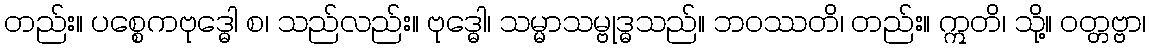
တည်း။ ပစ္စေကဗုဒ္ဓေါ စ၊ သည်လည်း။ ဗုဒ္ဓေါ၊ သမ္မာသမ္ဗုဒ္ဓသည်။ ဘဝဿတိ၊ တည်း။ ဣတိ၊ သို့။ ဝတ္တဗ္ဗာ၊